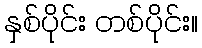
နှစ်ပိုင်း တစ်ပိုင်း။